Annual report on the health of the army in India
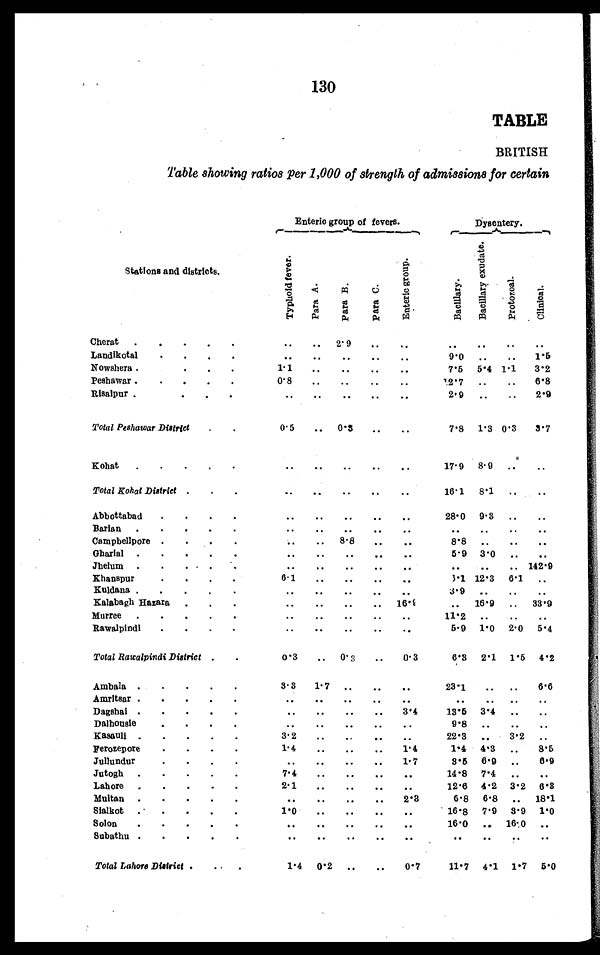
130
TABLE
BRITISH
Table showing ratios per 1,000 of strength of admissions for certain
Enteric group of fevers.
Dysentery.
Stations and districts.
T y p h o i d f e v e r P a r a A .
P a r a B .
P a r a C .
E n t e r i c g r o u p .
B a c i l l a r y .
B a c i l l a r y e x u d a t e .
P r o t o z o a l .
C l i n i c a l .
Cherat . . .
. . . . . . 2. 9
. . .
. . .
. . . . . . . . . . . .
Landikotal . . .
. . . . . .
. . .
. . .
. . .
9.0 . . . . . . 1. 5
Nowshera . . .
1.1
. . . . . .
. . .
. . . 7.5 5.4 1. 1 3. 2
Peshawar . . .
0.8
. . . . . .
. . .
. . . 12.7 . . . . . . 6.8
Risalpur.
. . .
. . . . . .
. . . . . .
2.9 . . . . . . 2.9
Total Peshawar District . . .
0. 5
. . . 0 . 3
. . .
. . . 7.8 1.3 0.3 3. 7
Kohat . . .
. . . . . .
. . .
. . .
. . . 17.9 8.9 . . . . . .
Total Kohat District . . .
. . . . . .
. . .
. . .
. . . 16.1 8.1 . . . . . .
Abbottabad . . .
. . . . . . . . .
. . .
. . . 28.0 9.3 . . . . . .
Barian . . .
. . . . . . . . .
. . .
. . .
. . . . . . . . . . . .
Campbellpore . . .
. . . . . . 8. 8 . . .
. . . 8.8 . . . . . . . . .
Gharial . . .
. . . . . . . . .
. . .
. . . 5.9 3.0 . . . . . .
Jhelum . . .
. . . . . . . . .
. . .
. . .
. . . . . . . . . 142.9
Khanspur . . .
6.1 . . . . . .
. . .
. . .
3.1 12.3 6.1 . . .
Kuldana . . .
. . . . . .
. . .
. . .
. . .
3.9. . .. . .. . .
Kalabagh Hazara . . .
. . . . . . . . .
. . . 1 6 . 9
. . .
16.9 . . . 33.9
Murree . . .
. . . . . . . . .
. . .
. . . 11.2 . . . . . . . . .
Rawalpindi . . .
. . . . . . . . .
. . .
. . .
5.9 1.0 2. 0 5. 4
Total Rawalpindi District . . .
0. 3 . . .
0 . 3 . . . 0.3
6. 3 2.1 1.5 4.2
Ambala . . .
3. 3 1.7 . . .
. . .
. . . 23. 1 . . . . . . 6. 6
Amritsar . . .
. . . . . . . . .
. . .
. . . . . . . . .. . .. . .
Dagshai . . .
. . . . . . . . .
. . . 3. 4 13.5 3. 4 . . . . . .
Dalhousie . . .
. . . . . . . . .
. . .
. . .
9.8 . . .. . .. . .
Kasauli . . .
3.2 . . .
. . . . . .
. . .
22.3 . . . 3. 2 . . .
Ferozepore . . .
1.4 . . . . . .
. . . 1.4
1.4 4. 3 . . . 8.5
Jullundur
. . . . . . . . .
. . . 1.7
3.5 6. 9 . . . 6. 9
Jutogh . . .
7.4
. . . . . .
. . . . . . 14.8 7.4 . . .. . .
Lahore . . .
2.1 . . . . . .
. . .
. . .
12.6 4.2 3.2 6. 8
Multan . . .
. . . . . . . . .
. . . 2.3
6.8 6.8 . . . 18.1
Sialkot . . .
1.0
. . . . . .
. . . . . . 16.8 7.9 3.9 1.0
Solon . . .
. . . . . . . . .
. . .
. . .
16.0 . . 16. .0 . . .
Subathu . . .
. . . . . .
. . .
. . . . . .
. . .
. . . . . .
. . .
Total Lahore District. . .
1 . 40.2 . . .
. . . 0. 7
11.7 4.1 1.7 5.0